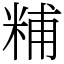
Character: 䊇